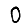
Digit: 0